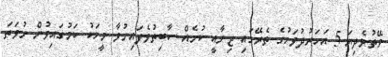
ވޭތުވެދިޔަ 5 އަހަރުދުވަހުގެ ތެރޭގައި ޖިނާއީ ކުށެއް ސާބިތުވެފައިނުވާ މީހަކު ކަމުގައިވުން ނުވަތަ